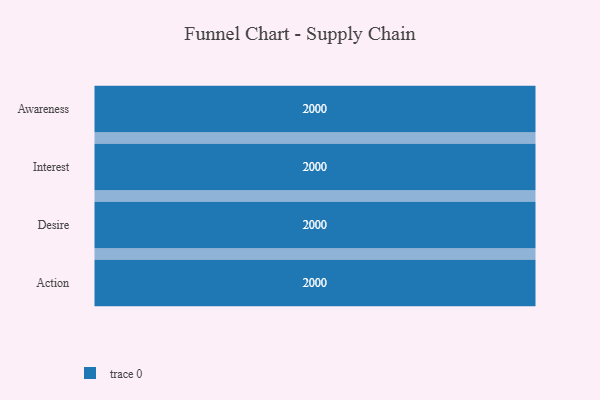
{"axis": {"x": "Stage", "y": "Value"}, "legend": [""], "data": [{"x": "Awareness", "y": 2000, "type": ""}, {"x": "Interest", "y": 2000, "type": ""}, {"x": "Desire", "y": 2000, "type": ""}, {"x": "Action", "y": 2000, "type": ""}]}